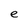
Character: e